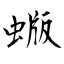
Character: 蝂